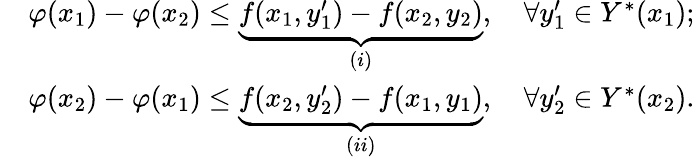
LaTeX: \begin{array}{rl}&{\varphi(x_{1})-\varphi(x_{2})\le\underbrace{f(x_{1},y_{1}^{\prime})-f(x_{2},y_{2})}_{(i)},\quad\forall y_{1}^{\prime}\in Y^{*}(x_{1});}\\ &{\varphi(x_{2})-\varphi(x_{1})\le\underbrace{f(x_{2},y_{2}^{\prime})-f(x_{1},y_{1})}_{(ii)},\quad\forall y_{2}^{\prime}\in Y^{*}(x_{2}).}\end{array}